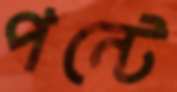
পন্টে